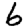
Digit: 6